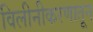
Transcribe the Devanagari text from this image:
विलीनीकरणातून